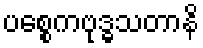
ပစ္စေကဗုဒ္ဓသတာနိ